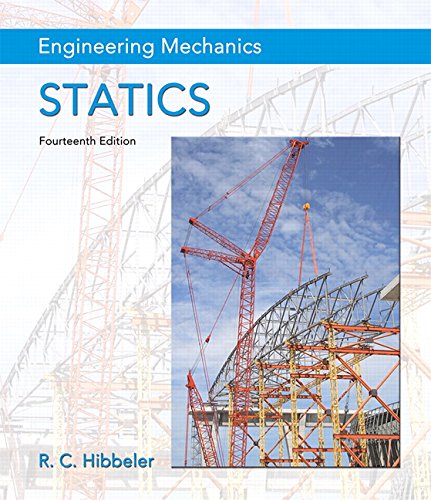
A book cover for Engineering Mechanics: Statics (14th Edition); Russell C. Hibbeler; Engineering & Transportation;